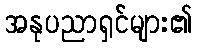
အနုပညာရှင်များ၏